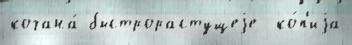
кочана́ быстрорастущеjе  ко́п'иjа